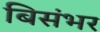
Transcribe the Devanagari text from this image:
बिसंभर